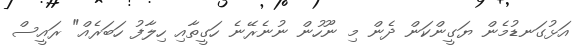
އަޅުގަނޑުމެން ޔަގީންކަން ދެން މި ނޫހުން ނުނެރޭނެ ހަގީތާއި ހިލާފު ހަބަރެއް" ރައީސް